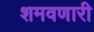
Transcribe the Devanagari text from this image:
शमवणारी